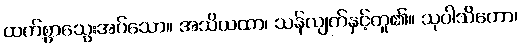
ထက်စွာသွေးအပ်သော။ အသိယထာ၊ သန်လျက်နှင့်တူ၏။ သုပါသိတော၊